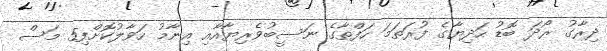
ދިރާގު ރޯދަ ބޮޑު ހަދިޔާގެ ފުރަތަމަ ހަފްތާގެ ނަސީބުވެރިޔާއާއި އިނާމު ހަވާލުކޮށްފި5 މަސް